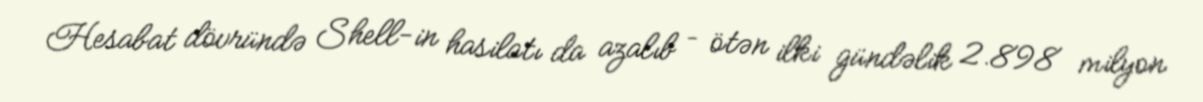
Hesabat dövründə Shell-in hasilatı da azalıb – ötən ilki gündəlik 2.898 milyon